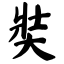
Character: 奘